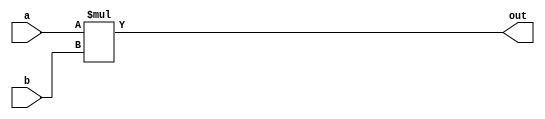
module multiply_13 (
    input [15:0] a,
    input [15:0] b,
    output reg [15:0] out
  );
  
  
  
  always @* begin
    out = a * b;
  end
endmodule